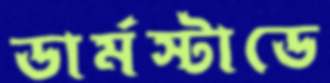
ডার্মস্টাডে